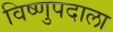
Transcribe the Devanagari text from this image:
विष्णुपदाला